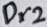
Text: Dr2